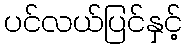
ပင်လယ်ပြင်နှင့်